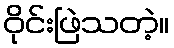
ဝိုင်းဖြဲသတဲ့။